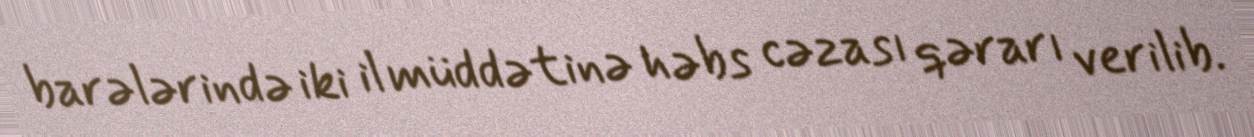
barələrində iki il müddətinə həbs cəzası qərarı verilib.